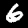
Digit: 6